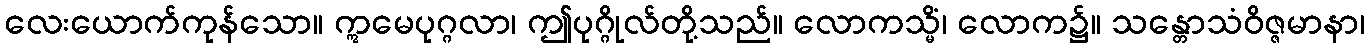
လေးယောက်ကုန်သော။ ဣမေပုဂ္ဂလာ၊ ဤပုဂ္ဂိုလ်တို့သည်။ လောကသ္မိံ၊ လောက၌။ သန္တောသံဝိဇ္ဇမာနာ၊